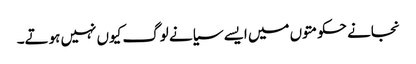
نجانے حکومتوں میں ایسے سیانے لوگ کیوں نہیں ہوتے۔